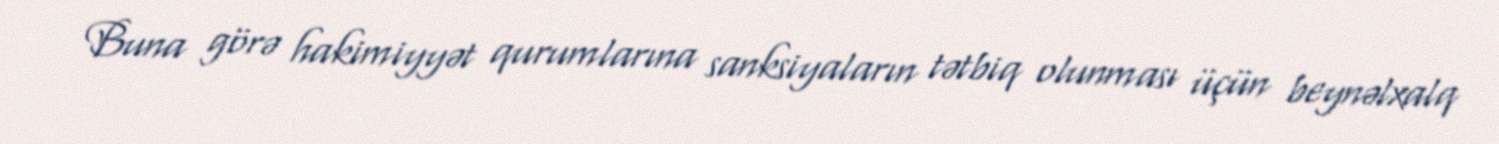
Buna görə hakimiyyət qurumlarına sanksiyaların tətbiq olunması üçün beynəlxalq